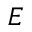
E